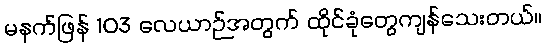
မနက်ဖြန် 103 လေယာဉ်အတွက် ထိုင်ခုံတွေကျန်သေးတယ်။